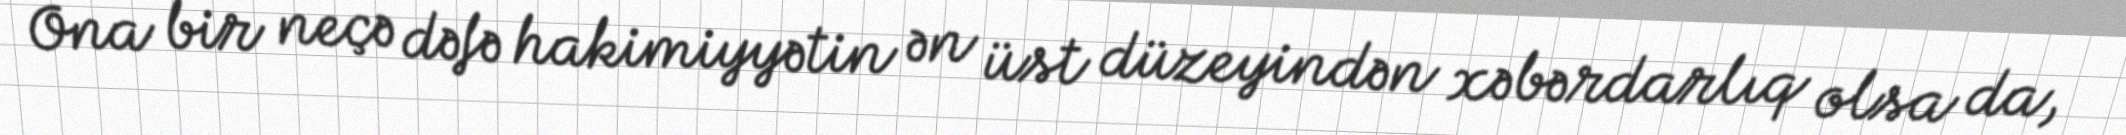
Ona bir neçə dəfə hakimiyyətin ən üst düzeyindən xəbərdarlıq olsa da,